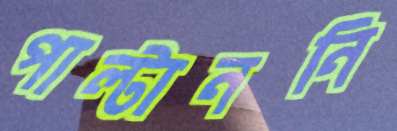
পাল্টাননি